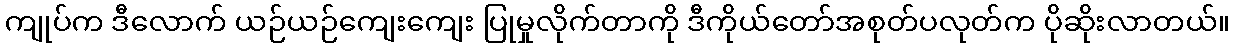
ကျုပ်က ဒီလောက် ယဉ်ယဉ်ကျေးကျေး ပြုမှုလိုက်တာကို ဒီကိုယ်တော်အစုတ်ပလုတ်က ပိုဆိုးလာတယ်။